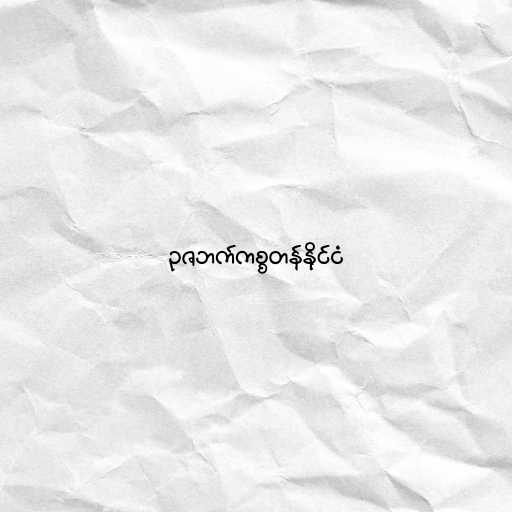
ဥဇဘက်ကစ္စတန်နိုင်ငံ